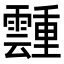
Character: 𬰎